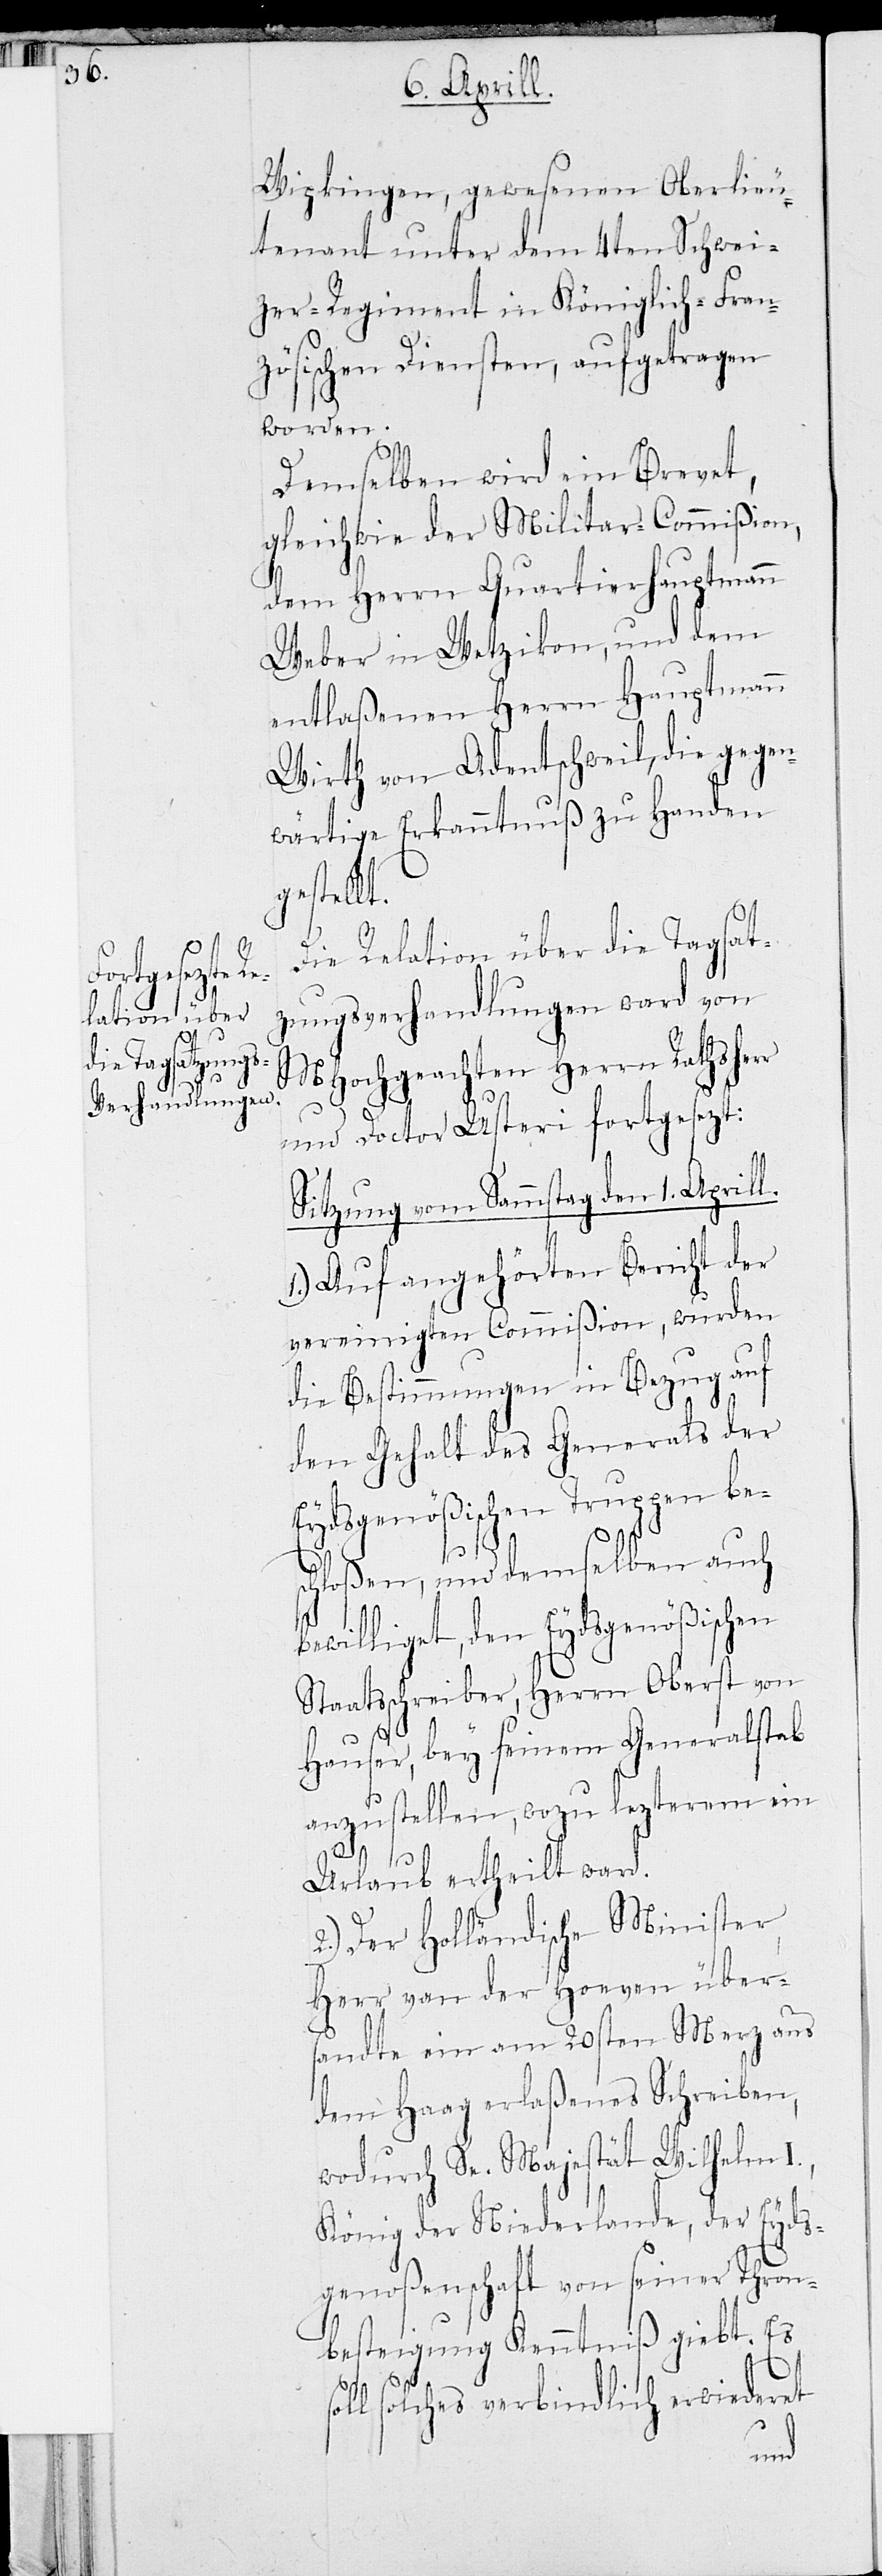
lezterem ein
len,

1. Aprill.
Wipkingen, gewesenen Oberlieu¬
tenant unter dem 4ten Schwei¬
zer-Regiment in Königlich-Fran¬
zösischen Diensten, aufgetragen
worden.
1.)
Demselben wird ein Brevet,
gleichwie der Militar-Commißion,
dem Herrn Quartiershauptmann
Weber in Wetzikon, und dem
entlaßenen Herrn Hauptmann
Wirth von Adentschweil, die gegen¬
wärtige Erkanntnuß zu Handen
gestellt.
Die Relation über die Tagsat¬
zungsverhandlungen ward von
MHochgeachten Rathsherr
und Doctor Usteri fortgesetzt.
Sitzung vom Sammstag den
vereinigten Commißion, wurden
die Bestimmungen in Bezug auf
den Gehalt des Generals der
Eydsgenößischen Truppen be¬
so¬
chloßen, und demselben auch
ewilliget, den Eydsgenößischen
Staatsschreiber, Herrn Oberst von
Hauser, bey seinem Generalstab
Urlaub ertheilt ward.
2.) Der Holländische Minister,
Herr van der Hoeven über¬
sandte ein am 20sten Merz aus
dem Haag erlaßenes Schreiben,
wodurch Se. Majestät Wilhelm I.,
König der Niederlande, der Eyds¬
genoßenschaft von seiner Thron¬
besteigung Kenntniß giebt. Es
ll solches verbindlich erwiederet